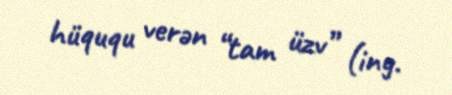
hüququ verən “tam üzv” (ing.